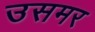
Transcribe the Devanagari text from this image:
उसमर